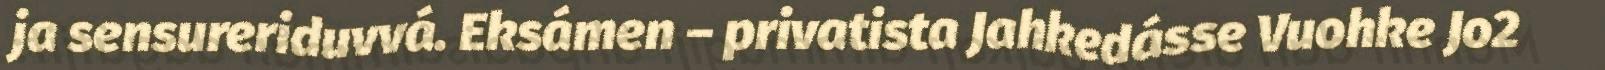
ja sensureriduvvá. Eksámen – privatista Jahkedásse Vuohke Jo2